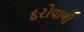
દરોવાળી